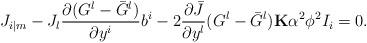
LaTeX: \begin{align*}J_{i|m}-J_l\frac{\partial(G^l-\bar{G}^l)}{\partial y^i}b^i-2\frac{\partial \bar{J}}{\partial y^l}(G^l-\bar{G}^l){\bf K}\alpha^2\phi^2 I_i=0.\end{align*}